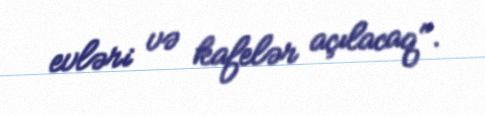
evləri və kafelər açılacaq".